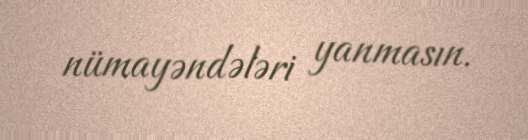
nümayəndələri yanmasın.